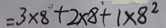
= 3 \times 8 + 2 \times 8 + 1 \times 8 ^ { 2 }